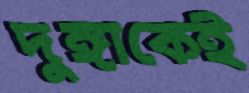
দুঙ্গাকেই